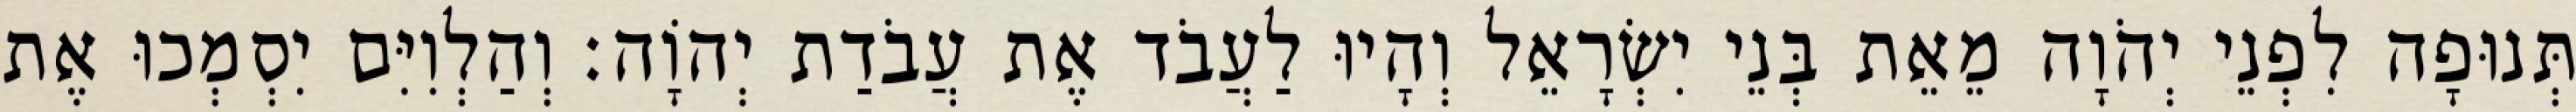
תְּנוּפָה לִפְנֵי יְהֹוָה מֵאֵת בְּנֵי יִשְׂרָאֵל וְהָיוּ לַעֲבֹד אֶת עֲבֹדַת יְהוָֹה׃ וְהַלְוִיִּם יִסְמְכוּ אֶת